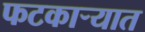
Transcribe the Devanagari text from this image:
फटकाऱ्यात